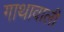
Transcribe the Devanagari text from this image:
गाथावाली